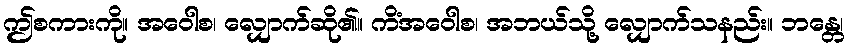
ဤစကားကို။ အဝေါစ၊ လျှောက်ဆို၏။ ကိံအဝေါစ၊ အဘယ်သို့ လျှောက်သနည်း။ ဘန္တေ၊